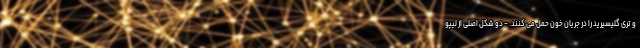
و تری گلیسیرید را در جریان خون حمل می کنند. - دو شکل اصلی از لیپو